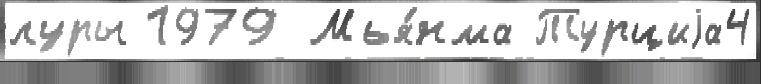
луры 1979 Мья́нма Турциjа4